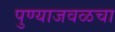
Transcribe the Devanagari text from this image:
पुण्याजवळचा